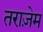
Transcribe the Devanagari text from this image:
तराज़ेम